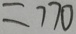
= 7 7 0